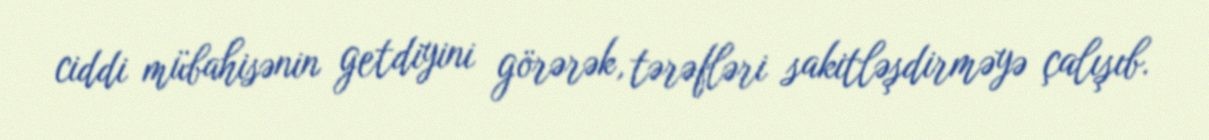
ciddi mübahisənin getdiyini görərək, tərəfləri sakitləşdirməyə çalışıb.